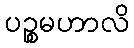
ပဉ္စမဟာလိ